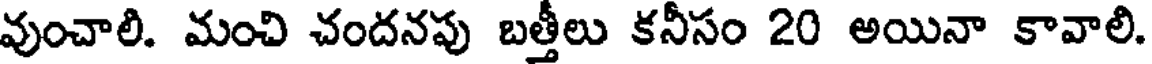
వుంచాలి. మంచి చందనపు బత్తీలు కనీసం 20 అయినా కావాలి.